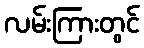
လမ်းကြားတွင်